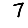
Digit: 7